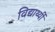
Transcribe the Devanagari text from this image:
विद्यार्थ्यी